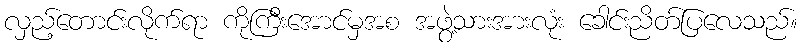
လှည့်တောင်းလိုက်ရာ ကိုကြီးအောင်မှအစ အဖွဲ့သားအားလုံး ခေါင်းညိတ်ပြလေသည်။